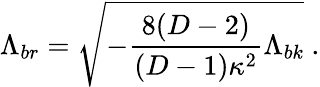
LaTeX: \Lambda_{br}=\sqrt{-\frac{8(D-2)}{(D-1)\kappa^{2}}\Lambda_{bk}}\ .